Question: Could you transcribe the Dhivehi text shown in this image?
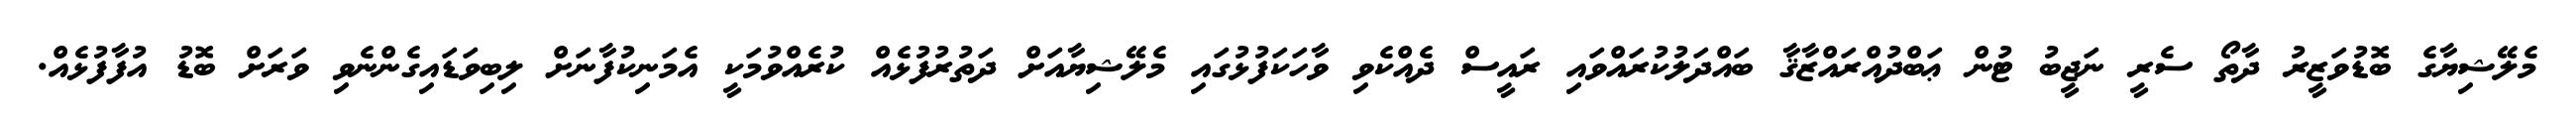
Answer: މެލޭޝިޔާގެ ބޮޑުވަޒީރު ދާތޯ ސެރީ ނަޖީބު ޓުން ޢަބްދުއްރައްޒާޤާ ބައްދަލުކުރައްވައި ރައީސް ދެއްކެވި ވާހަކަފުޅުގައި މެލޭޝިޔާއަށް ދަތުރުފުޅެއް ކުރެއްވުމަކީ އެމަނިކުފާނަށް ލިބިވަޑައިގެންނެވި ވަރަށް ބޮޑު އުފާފުޅެއް.